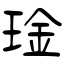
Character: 琻